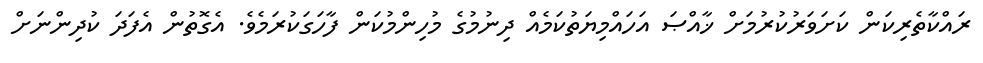
ރައްކާތެރިކަން ކަށަވަރުކުރުމަށް ޚާއްޞަ އަހައްމިޔަތުކަމެއް ދިނުމުގެ މުހިންމުކަން ފާހަގަކުރަމެވެ. އެގޮތުން އެފަދަ ކުދިންނަށް